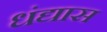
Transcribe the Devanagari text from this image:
धंद्यास